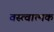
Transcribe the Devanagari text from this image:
वस्त्वात्मक